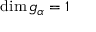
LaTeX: \dim { \mathfrak { g } } _ { \alpha } = 1